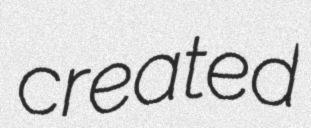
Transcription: created